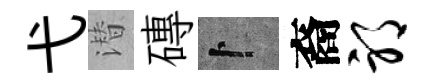
弋潜磚卜裔邪